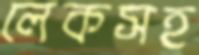
লেকসহ